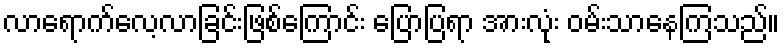
လာရောက်လေ့လာခြင်းဖြစ်ကြောင်း ပြောပြရာ အားလုံး ဝမ်းသာနေကြသည်။